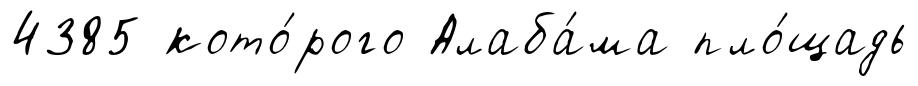
4385 кото́рого Алаба́ма пло́щадь